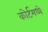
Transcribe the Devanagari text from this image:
कोर्टमध्ये